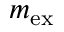
m _ { \mathrm { e x } }